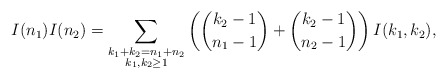
\begin{align*}I(n_1)I(n_2)=\sum_{\substack{k_1+k_2=n_1+n_2\\k_1,k_2\ge1}} \left(\binom{k_2-1}{n_1-1}+\binom{k_2-1}{n_2-1}\right) I(k_1,k_2),\end{align*}